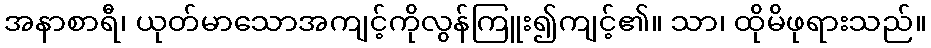
အနာစာရီ၊ ယုတ်မာသောအကျင့်ကိုလွန်ကြူး၍ကျင့်၏။ သာ၊ ထိုမိဖုရားသည်။